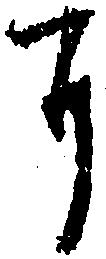
に